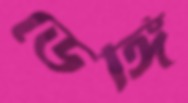
ডেঙ্গি